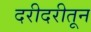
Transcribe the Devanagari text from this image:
दरीदरीतून